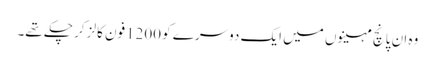
وہ ان پانچ مہینوں میں ایک دوسرے کو 1200فون کالز کر چکے تھے۔